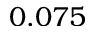
0 . 0 7 5